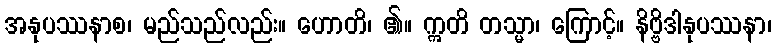
အနုပဿနာစ၊ မည်သည်လည်း။ ဟောတိ၊ ၏။ ဣတိ တသ္မာ၊ ကြောင့်။ နိဗ္ဗိဒါနုပဿနာ၊